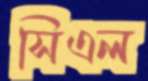
সিএল